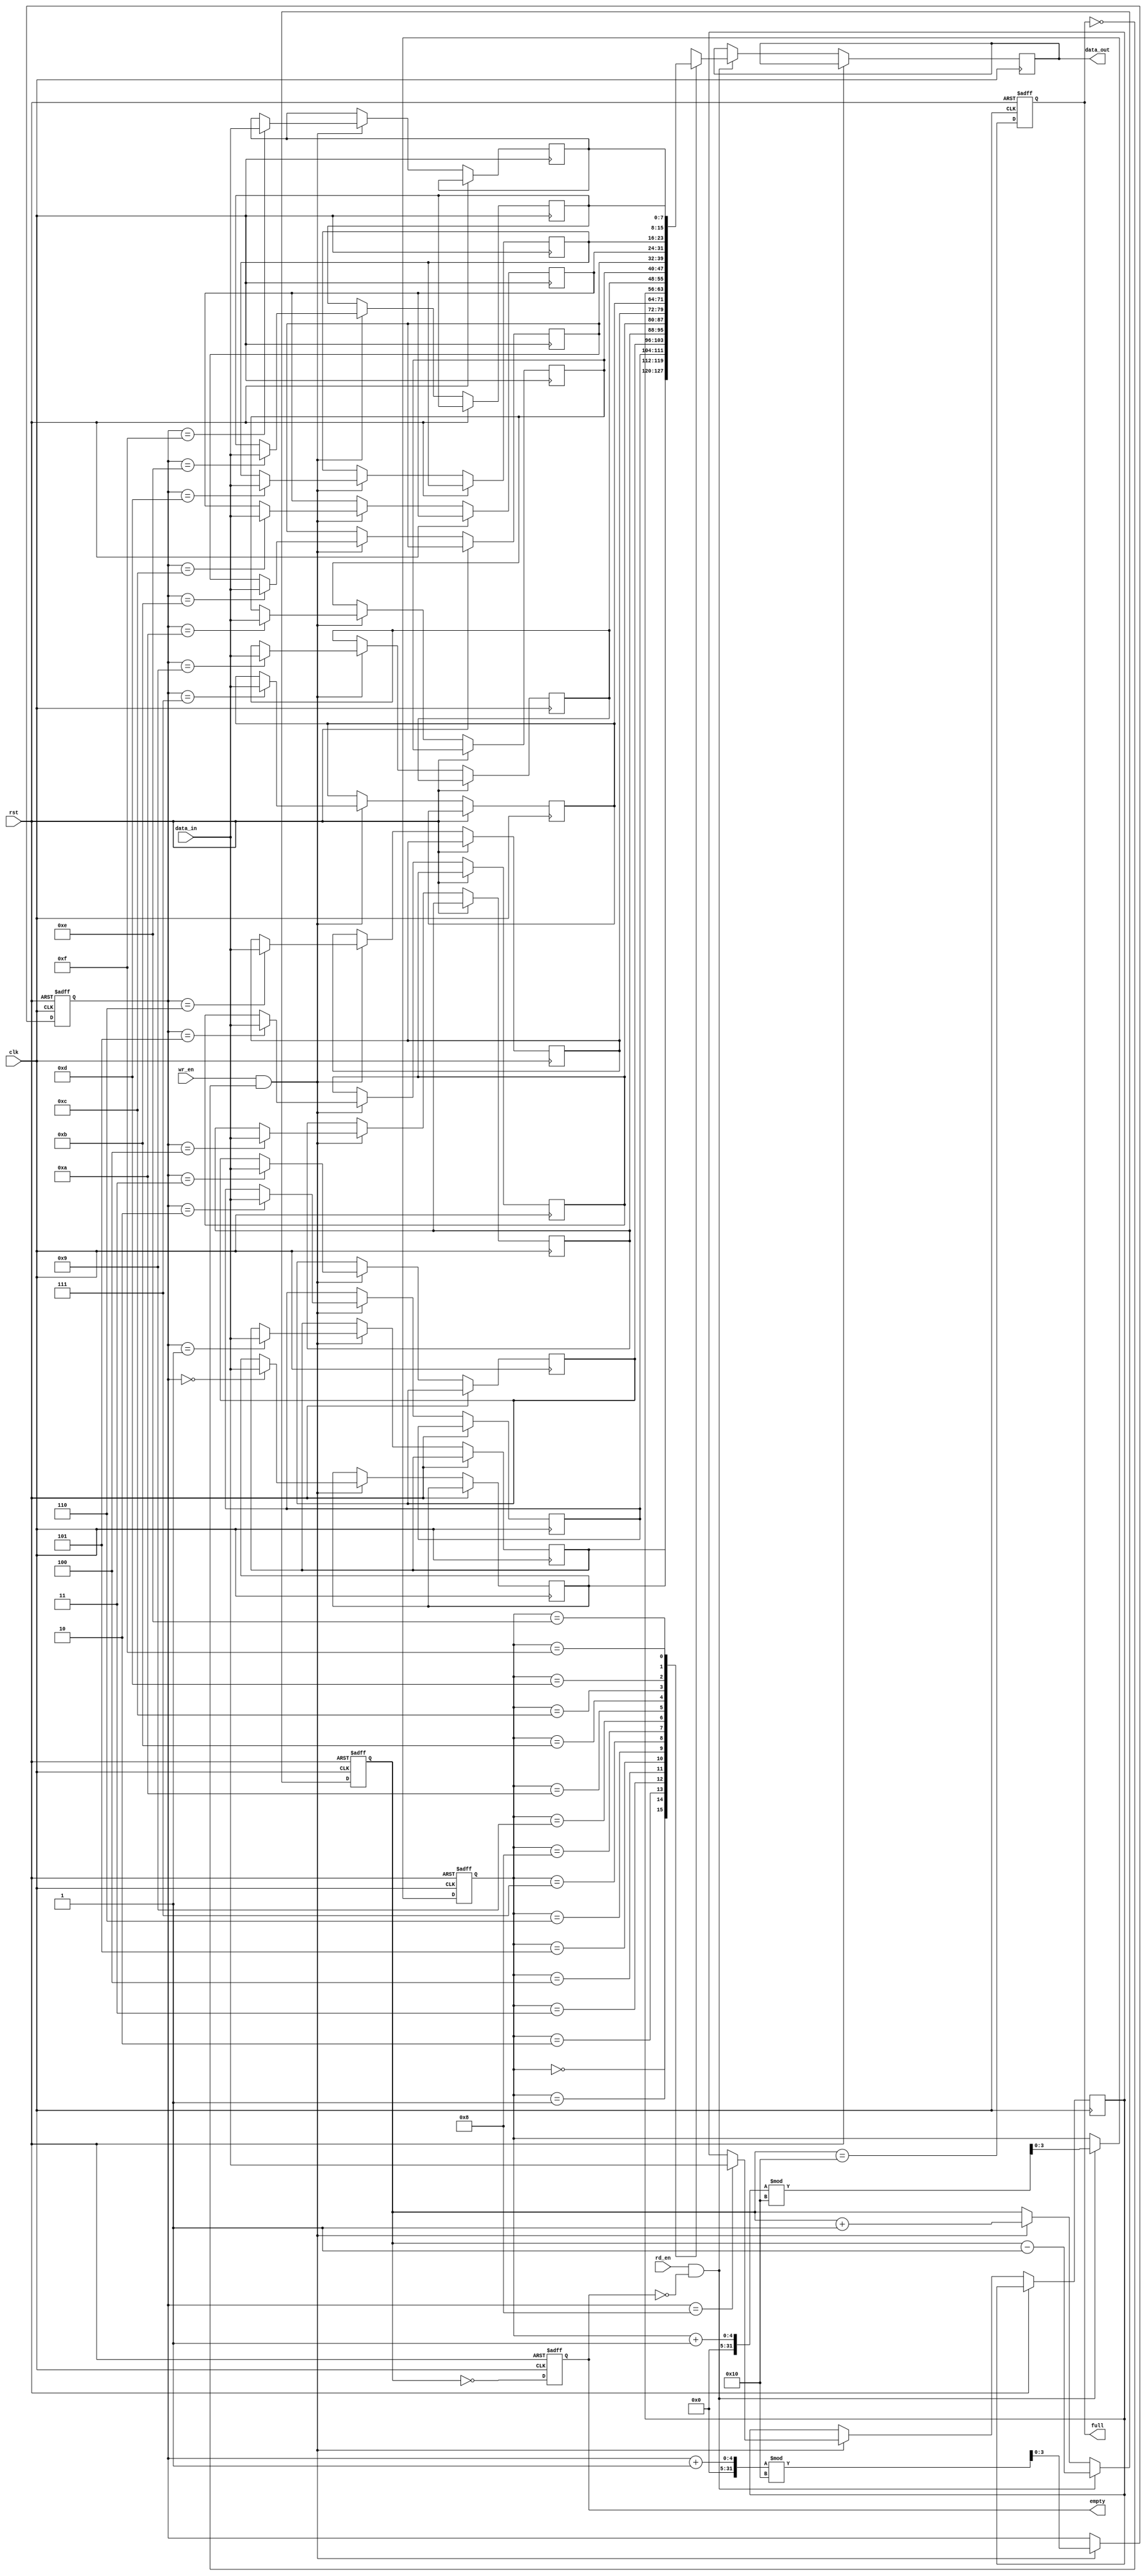
module fifo_sram #(
    parameter DEPTH = 16,           // Depth of the FIFO (number of entries)
    parameter WIDTH = 8             // Width of each entry in bits
) (
    input wire clk,                 // Clock signal
    input wire rst,                 // Asynchronous reset
    input wire wr_en,               // Write enable signal
    input wire rd_en,               // Read enable signal
    input wire [WIDTH-1:0] data_in, // Data input
    output reg [WIDTH-1:0] data_out,// Data output
    output reg full,                // Full flag
    output reg empty                // Empty flag
);

    // Memory array to store FIFO data
    reg [WIDTH-1:0] mem [0:DEPTH-1];
    reg [clog2(DEPTH)-1:0] wr_ptr;  // Write pointer
    reg [clog2(DEPTH)-1:0] rd_ptr;  // Read pointer
    reg [clog2(DEPTH):0] count;      // Current count of entries in FIFO

    // Function to calculate log2
    function integer clog2;
        input integer value;
        begin
            clog2 = 0;
            while (2**clog2 < value) begin
                clog2 = clog2 + 1;
            end
        end
    endfunction

    // Asynchronous reset
    always @(posedge clk or posedge rst) begin
        if (rst) begin
            wr_ptr <= 0;
            rd_ptr <= 0;
            count <= 0;
            full <= 0;
            empty <= 1;
        end else begin
            // Write operation
            if (wr_en && !full) begin
                mem[wr_ptr] <= data_in;
                wr_ptr <= (wr_ptr + 1) % DEPTH;
                count <= count + 1;
            end

            // Read operation
            if (rd_en && !empty) begin
                data_out <= mem[rd_ptr];
                rd_ptr <= (rd_ptr + 1) % DEPTH;
                count <= count - 1;
            end

            // Update flags
            full <= (count == DEPTH);
            empty <= (count == 0);
        end
    end

endmodule